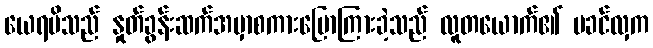
ယေရမိသည် နှုတ်ခွန်းဆက်အမှာစကားပြောကြားခဲ့သည် လူတယောက်၏ မခင်လှက